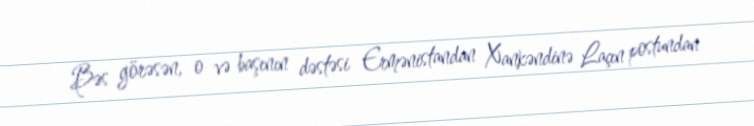
Bəs görəsən, o və başının dəstəsi Ermənistandan Xankəndinə Laçın postundan